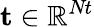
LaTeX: \mathbf{t}\in\mathbb{R}^{\textit{Nt}}